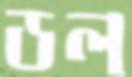
ডল